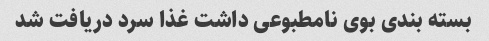
بسته بندی بوی نامطبوعی داشت غذا سرد دریافت شد